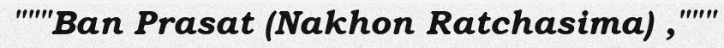
"""Ban Prasat (Nakhon Ratchasima) ,"""